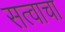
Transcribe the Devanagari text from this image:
सत्वाचा